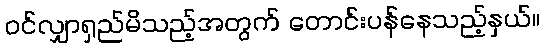
ဝင်လျှာရှည်မိသည့်အတွက် တောင်းပန်နေသည့်နှယ်။